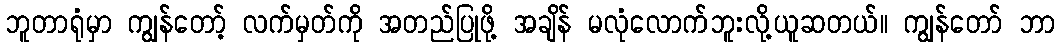
ဘူတာရုံမှာ ကျွန်တော့် လက်မှတ်ကို အတည်ပြုဖို့ အချိန် မလုံလောက်ဘူးလို့ယူဆတယ်။ ကျွန်တော် ဘာ